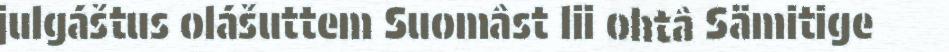
julgáštus olášuttem Suomâst lii ohtâ Sämitige